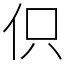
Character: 伿